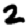
Digit: 2